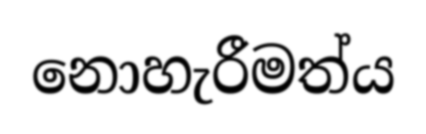
නොහැරීමත්ය